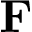
\mathbf { F }